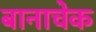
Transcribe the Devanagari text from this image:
बानाचेक